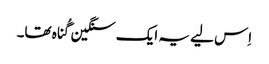
‏ اِس لیے یہ ایک سنگین گُناہ تھا۔